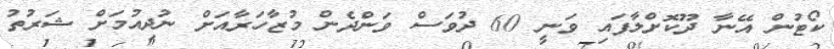
ކޯޓުން އޭނާ ދޫކޮށްލާފައި ވަނީ 60 ދުވަސް ވަންދެން މުޒާހަރާއަށް ނުދިއުމަށް ޝަރުތު